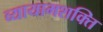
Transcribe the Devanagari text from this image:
व्यायामशक्ति